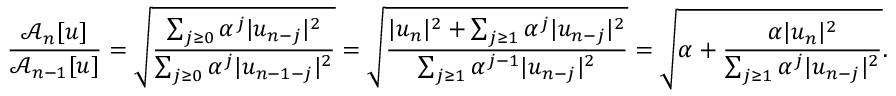
\frac { \mathcal { A } _ { n } [ u ] } { \mathcal { A } _ { n - 1 } [ u ] } = \sqrt { \frac { \sum _ { j \ge 0 } \alpha ^ { j } | u _ { n - j } | ^ { 2 } } { \sum _ { j \ge 0 } \alpha ^ { j } | u _ { n - 1 - j } | ^ { 2 } } } = \sqrt { \frac { | u _ { n } | ^ { 2 } + \sum _ { j \ge 1 } \alpha ^ { j } | u _ { n - j } | ^ { 2 } } { \sum _ { j \ge 1 } \alpha ^ { j - 1 } | u _ { n - j } | ^ { 2 } } } = \sqrt { \alpha + \frac { \alpha | u _ { n } | ^ { 2 } } { \sum _ { j \ge 1 } \alpha ^ { j } | u _ { n - j } | ^ { 2 } } } .